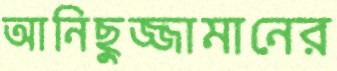
আনিছুজ্জামানের